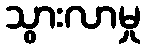
သွားလာမှု